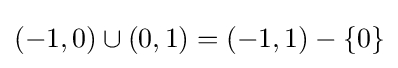
(-1,0)\cup (0,1)=(-1,1)-\{0\}